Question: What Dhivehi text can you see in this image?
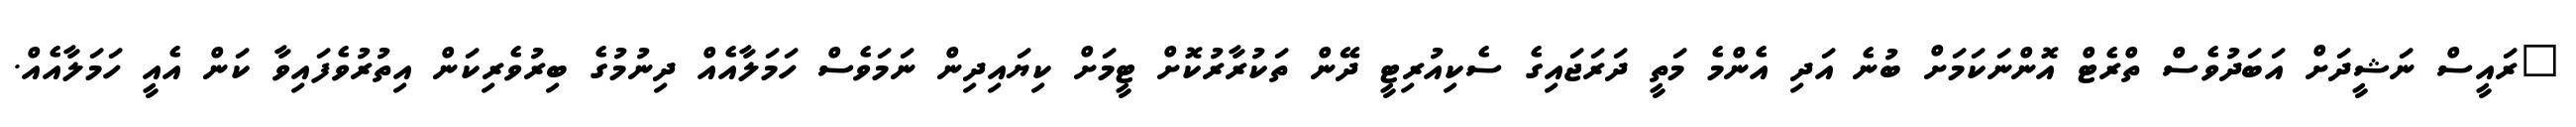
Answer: "ރައީސް ނަޝީދަށް އަބަދުވެސް ތްރެޓް އޮންނަކަމަށް ބުނެ އަދި އެންމެ މަތީ ދަރަޖައިގެ ސެކިއުރިޓީ ދޭން ތަކުރާރުކޮށް ޓީމަށް ކިޔައިދިން ނަމަވެސް ހަމަލާއެއް ދިނުމުގެ ބިރުވެރިކަން އިތުރުވެފައިވާ ކަން އެއީ ހަމަލާއެއް.